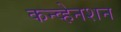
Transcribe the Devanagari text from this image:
कन्व्हेनशन